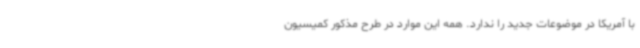
با آمریکا در موضوعات جدید را ندارد. همه این موارد در طرح مذکور کمیسیون